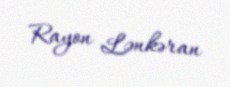
Rayon Lənkəran